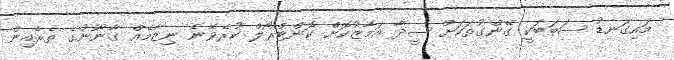
މައިގަނޑު ސަބަބަކީ ގޭންގުތަކަށް ސީދާ އަމާޒުކޮށް ކޮންޓްރޯލް ކުރެވޭނެ ނިޒާމެއް ގާނޫނުގެ ތެރެއިން